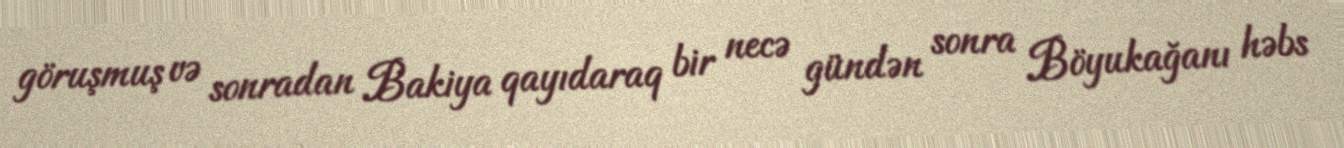
göruşmuş və sonradan Bakiya qayıdaraq bir necə gündən sonra Böyukağanı həbs